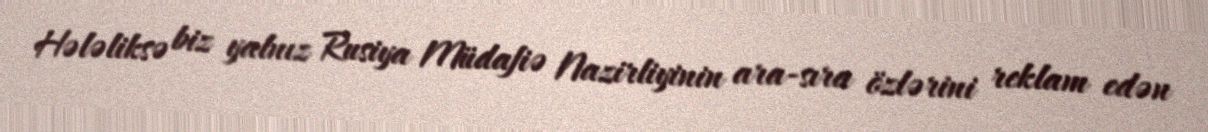
Hələliksə biz yalnız Rusiya Müdafiə Nazirliyinin ara-sıra özlərini reklam edən